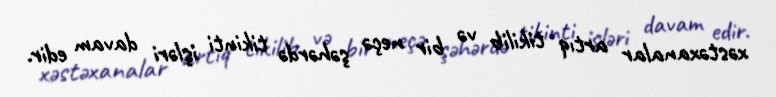
xəstəxanalar artıq tikilib və bir neçə şəhərdə tikinti işləri davam edir.